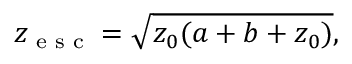
z _ { \textrm { e s c } } = \sqrt { z _ { 0 } ( a + b + z _ { 0 } ) } ,